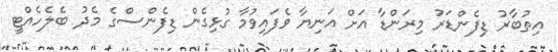
އިތުބާރު ޑިފެންޑަރު މިރަންޑާ އަށް އަނިޔާ ވެފައިވުމާ ގުޅިގެން ޑިފެންސްގެ މެދު ބެލެހެއްޓީ